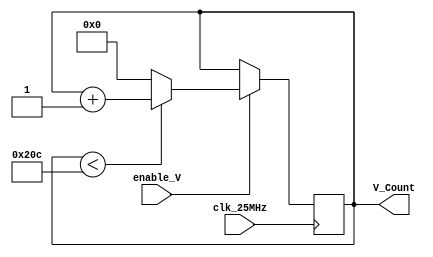
`timescale 1ns / 1ps
//////////////////////////////////////////////////////////////////////////////////
// Company: 
// Engineer: 
// 
// Design Name: 
// Module Name: vertical_counter
// Project Name: 
// Target Devices: 
// Tool Versions: 
// Description: 
// 
// Dependencies: 
// 
// Revision:
// Revision 0.01 - File Created
// Additional Comments:
// 
//////////////////////////////////////////////////////////////////////////////////


module vertical_counter(
    input clk_25MHz,
    input enable_V,
    output reg [15:0] V_Count = 0
    );
    
    always@(posedge clk_25MHz) begin
    if(enable_V == 1) begin
        if (V_Count < 524)
        V_Count <= V_Count +1;
        else V_Count <= 0;
        end
     end
endmodule